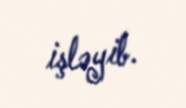
işləyib.